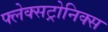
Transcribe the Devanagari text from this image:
फ्लेक्सट्रोनिक्स